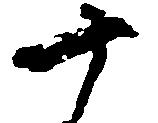
十